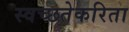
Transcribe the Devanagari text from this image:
स्वच्छतेकरिता